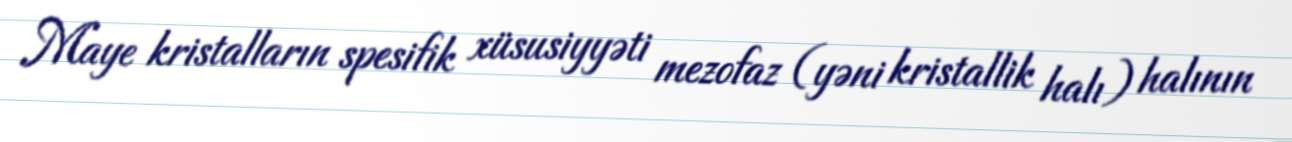
Maye kristalların spesifik xüsusiyyəti mezofaz (yəni kristallik halı) halının